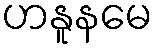
ဟနူနမေ